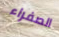
الصفراء